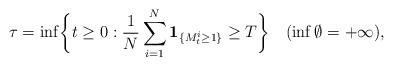
LaTeX: \begin{align*}\tau=\inf\biggl\{ t\geq0:\frac{1}{N}\sum_{i=1}^{N}{\mathbf{1}}_{\{M_{t}^{i}\geq1\}}\geq T\biggr\}\quad(\inf\emptyset=+\infty),\end{align*}